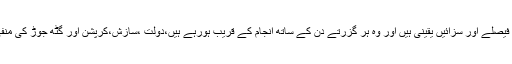
کرپشن کنگز کو نظر آ رہا ہے کہ کرپشن کیسز کے فیصلے اور سزائیں یقینی ہیں اور وہ ہر گزرتے دن کے ساتھ انجام کے قریب ہورہے ہیں،دولت ،سازش،کرپشن اور گٹھ جوڑ کی منفی سیاست اپنے منطقی انجام کی طرف بڑھ رہی ہے۔